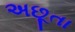
અછૂતા